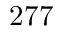
2 7 7